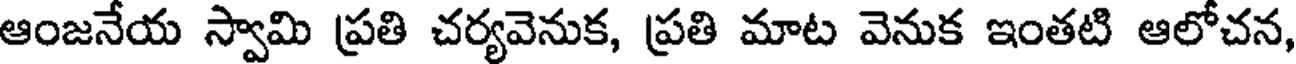
ఆంజనేయ స్వామి ప్రతి చర్యవెనుక, ప్రతి మాట వెనుక ఇంతటి ఆలోచన,